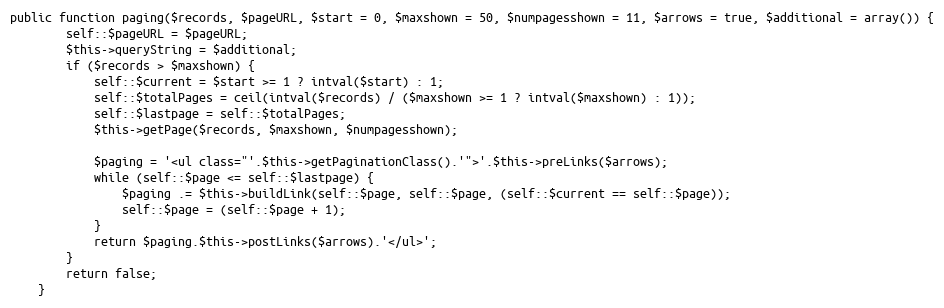
Language: PHP
public function paging($records, $pageURL, $start = 0, $maxshown = 50, $numpagesshown = 11, $arrows = true, $additional = array()) {
        self::$pageURL = $pageURL;
        $this->queryString = $additional;
        if ($records > $maxshown) {
            self::$current = $start >= 1 ? intval($start) : 1;
            self::$totalPages = ceil(intval($records) / ($maxshown >= 1 ? intval($maxshown) : 1));
            self::$lastpage = self::$totalPages;
            $this->getPage($records, $maxshown, $numpagesshown);

            $paging = '<ul class="'.$this->getPaginationClass().'">'.$this->preLinks($arrows);
            while (self::$page <= self::$lastpage) {
                $paging .= $this->buildLink(self::$page, self::$page, (self::$current == self::$page));
                self::$page = (self::$page + 1);
            }
            return $paging.$this->postLinks($arrows).'</ul>';
        }
        return false;
    }